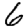
Digit: 6